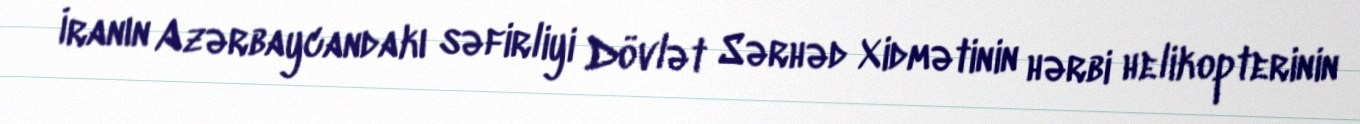
İranın Azərbaycandakı səfirliyi Dövlət Sərhəd Xidmətinin hərbi helikopterinin